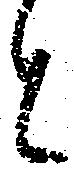
と